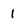
Character: 1